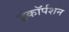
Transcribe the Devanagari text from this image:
इंकॉर्पशन